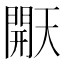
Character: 𰿠